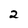
Character: 2